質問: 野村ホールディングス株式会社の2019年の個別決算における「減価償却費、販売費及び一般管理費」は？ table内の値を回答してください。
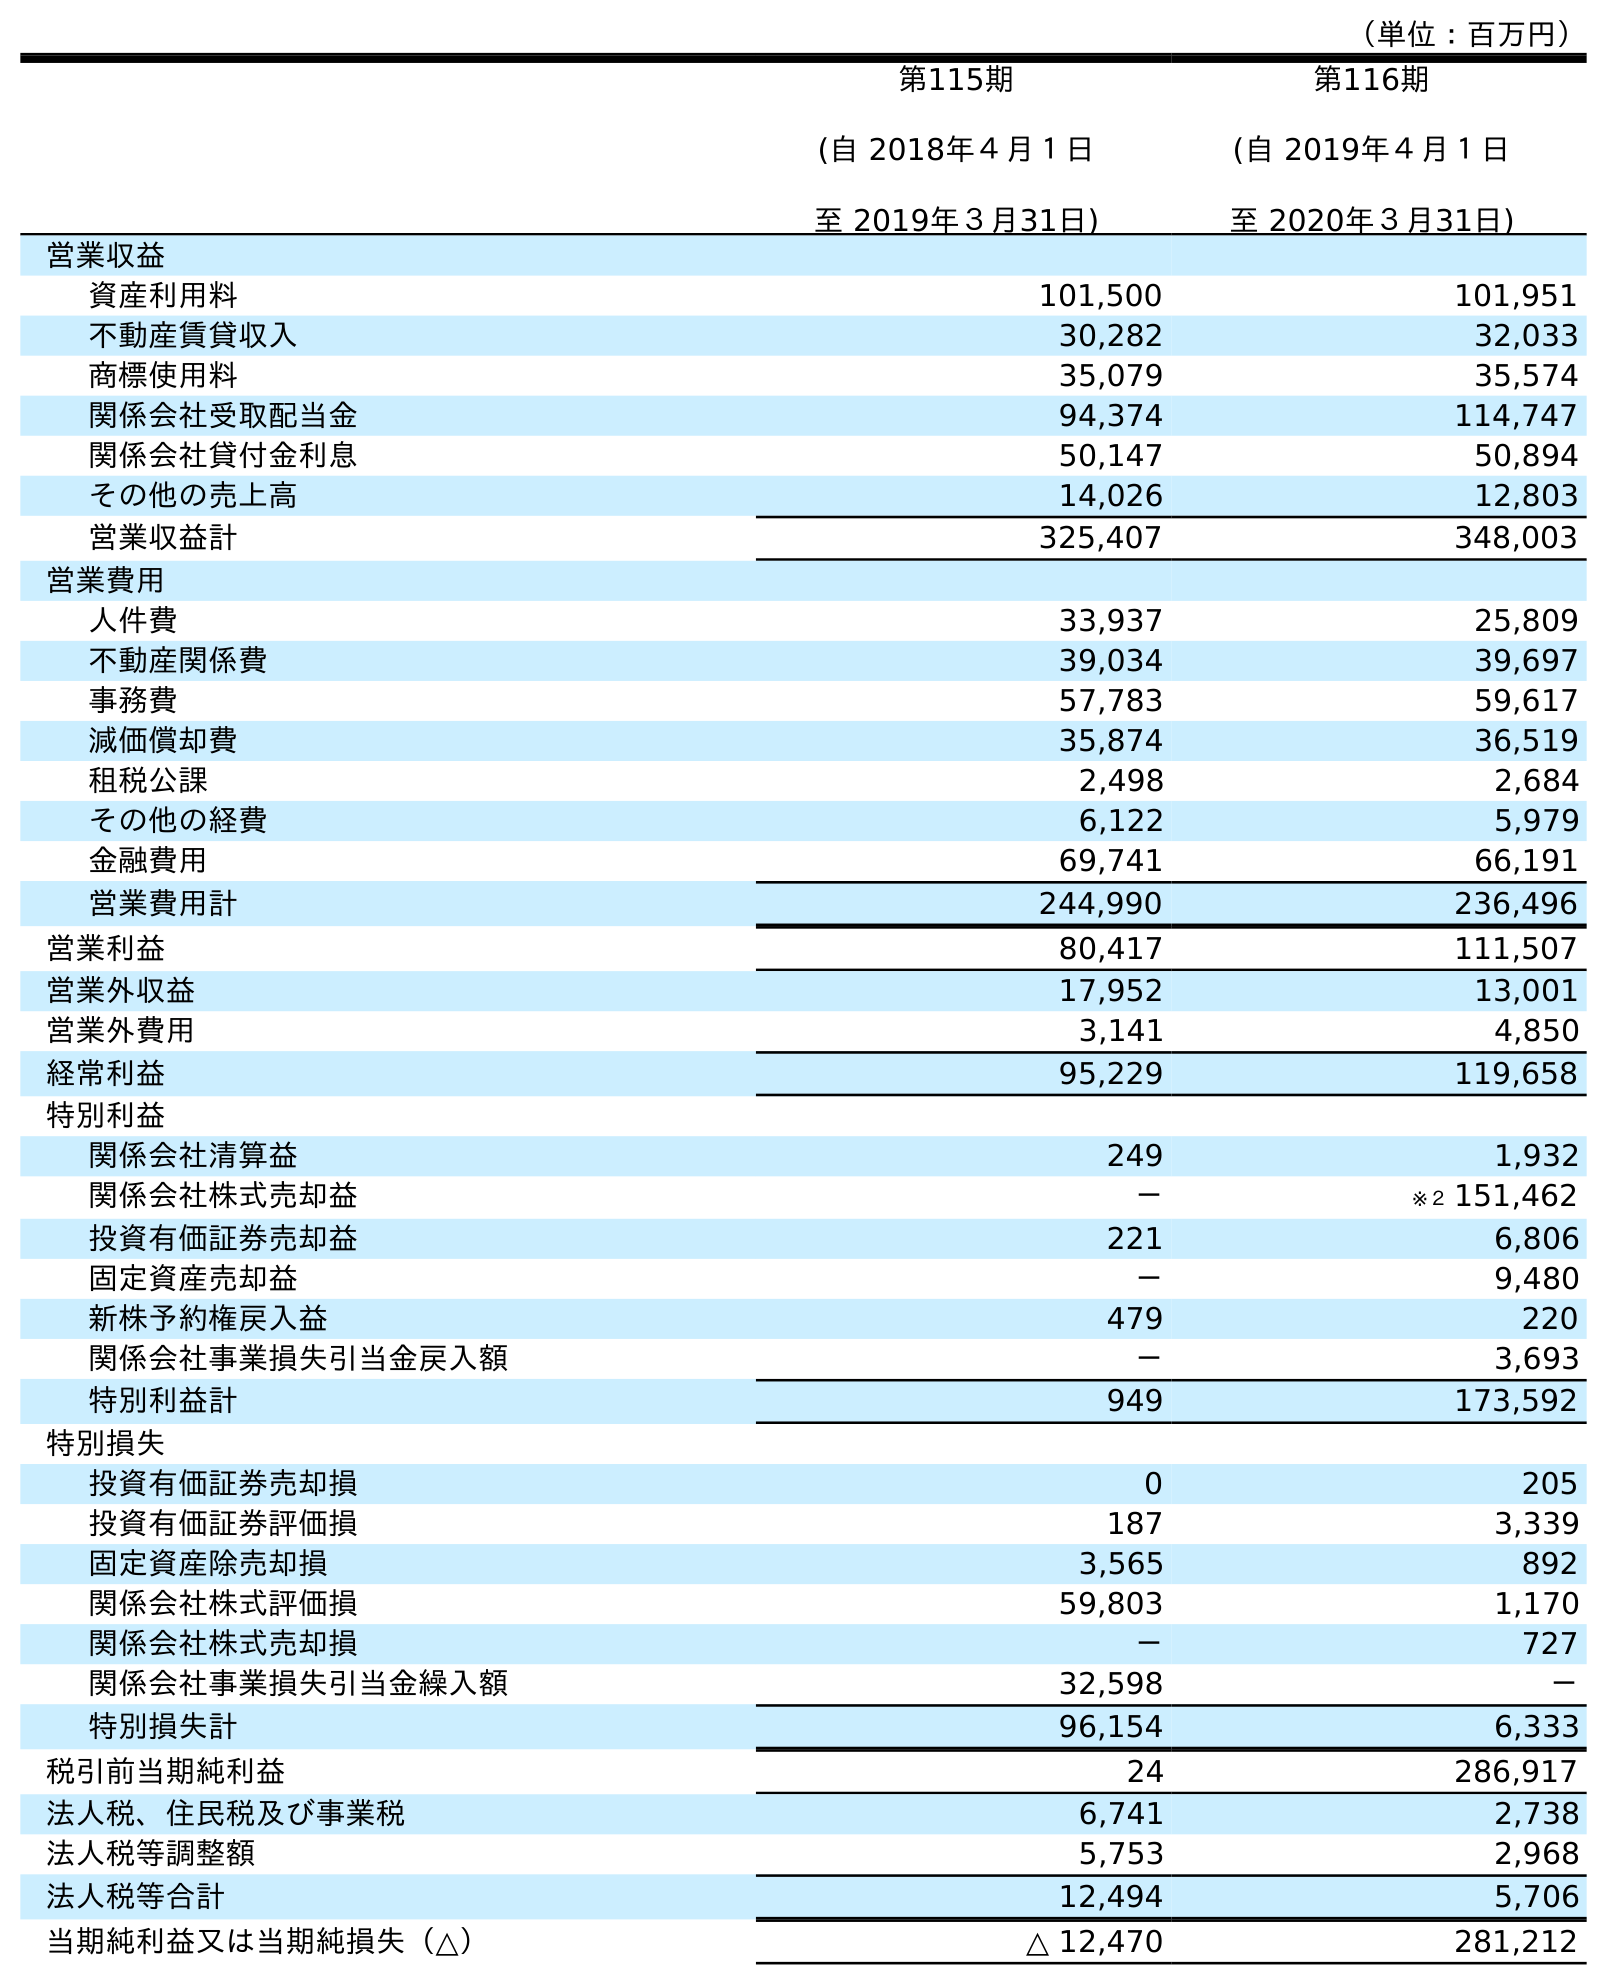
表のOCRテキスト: （単位：百万円） 第115期 (自 2018年４月１日 至 2019年３月31日) 第116期 (自 2019年４月１日 至 2020年３月31日) 営業収益 資産利用料 101,500 101,951 不動産賃貸収入 30,282 32,033 商標使用料 35,079 35,574 関係会社受取配当金 94,374 114,747 関係会社貸付金利息 50,147 50,894 その他の売上高 14,026 12,803 営業収益計 325,407 348,003 営業費用 人件費 33,937 25,809 不動産関係費 39,034 39,697 事務費 57,783 59,617 減価償却費 35,874 36,519 租税公課 2,498 2,684 その他の経費 6,122 5,979 金融費用 69,741 66,191 営業費用計 244,990 236,496 営業利益 80,417 111,507 営業外収益 17,952 13,001 営業外費用 3,141 4,850 経常利益 95,229 119,658 特別利益 関係会社清算益 249 1,932 関係会社株式売却益 － ※２ 151,462 投資有価証券売却益 221 6,806 固定資産売却益 － 9,480 新株予約権戻入益 479 220 関係会社事業損失引当金戻入額 － 3,693 特別利益計 949 173,592 特別損失 投資有価証券売却損 0 205 投資有価証券評価損 187 3,339 固定資産除売却損 3,565 892 関係会社株式評価損 59,803 1,170 関係会社株式売却損 － 727 関係会社事業損失引当金繰入額 32,598 － 特別損失計 96,154 6,333 税引前当期純利益 24 286,917 法人税、住民税及び事業税 6,741 2,738 法人税等調整額 5,753 2,968 法人税等合計 12,494 5,706 当期純利益又は当期純損失（△） △ 12,470 281,212
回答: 35,874